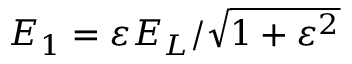
{ E _ { 1 } } = \varepsilon { E _ { L } } / { \sqrt { 1 + \varepsilon ^ { 2 } } }